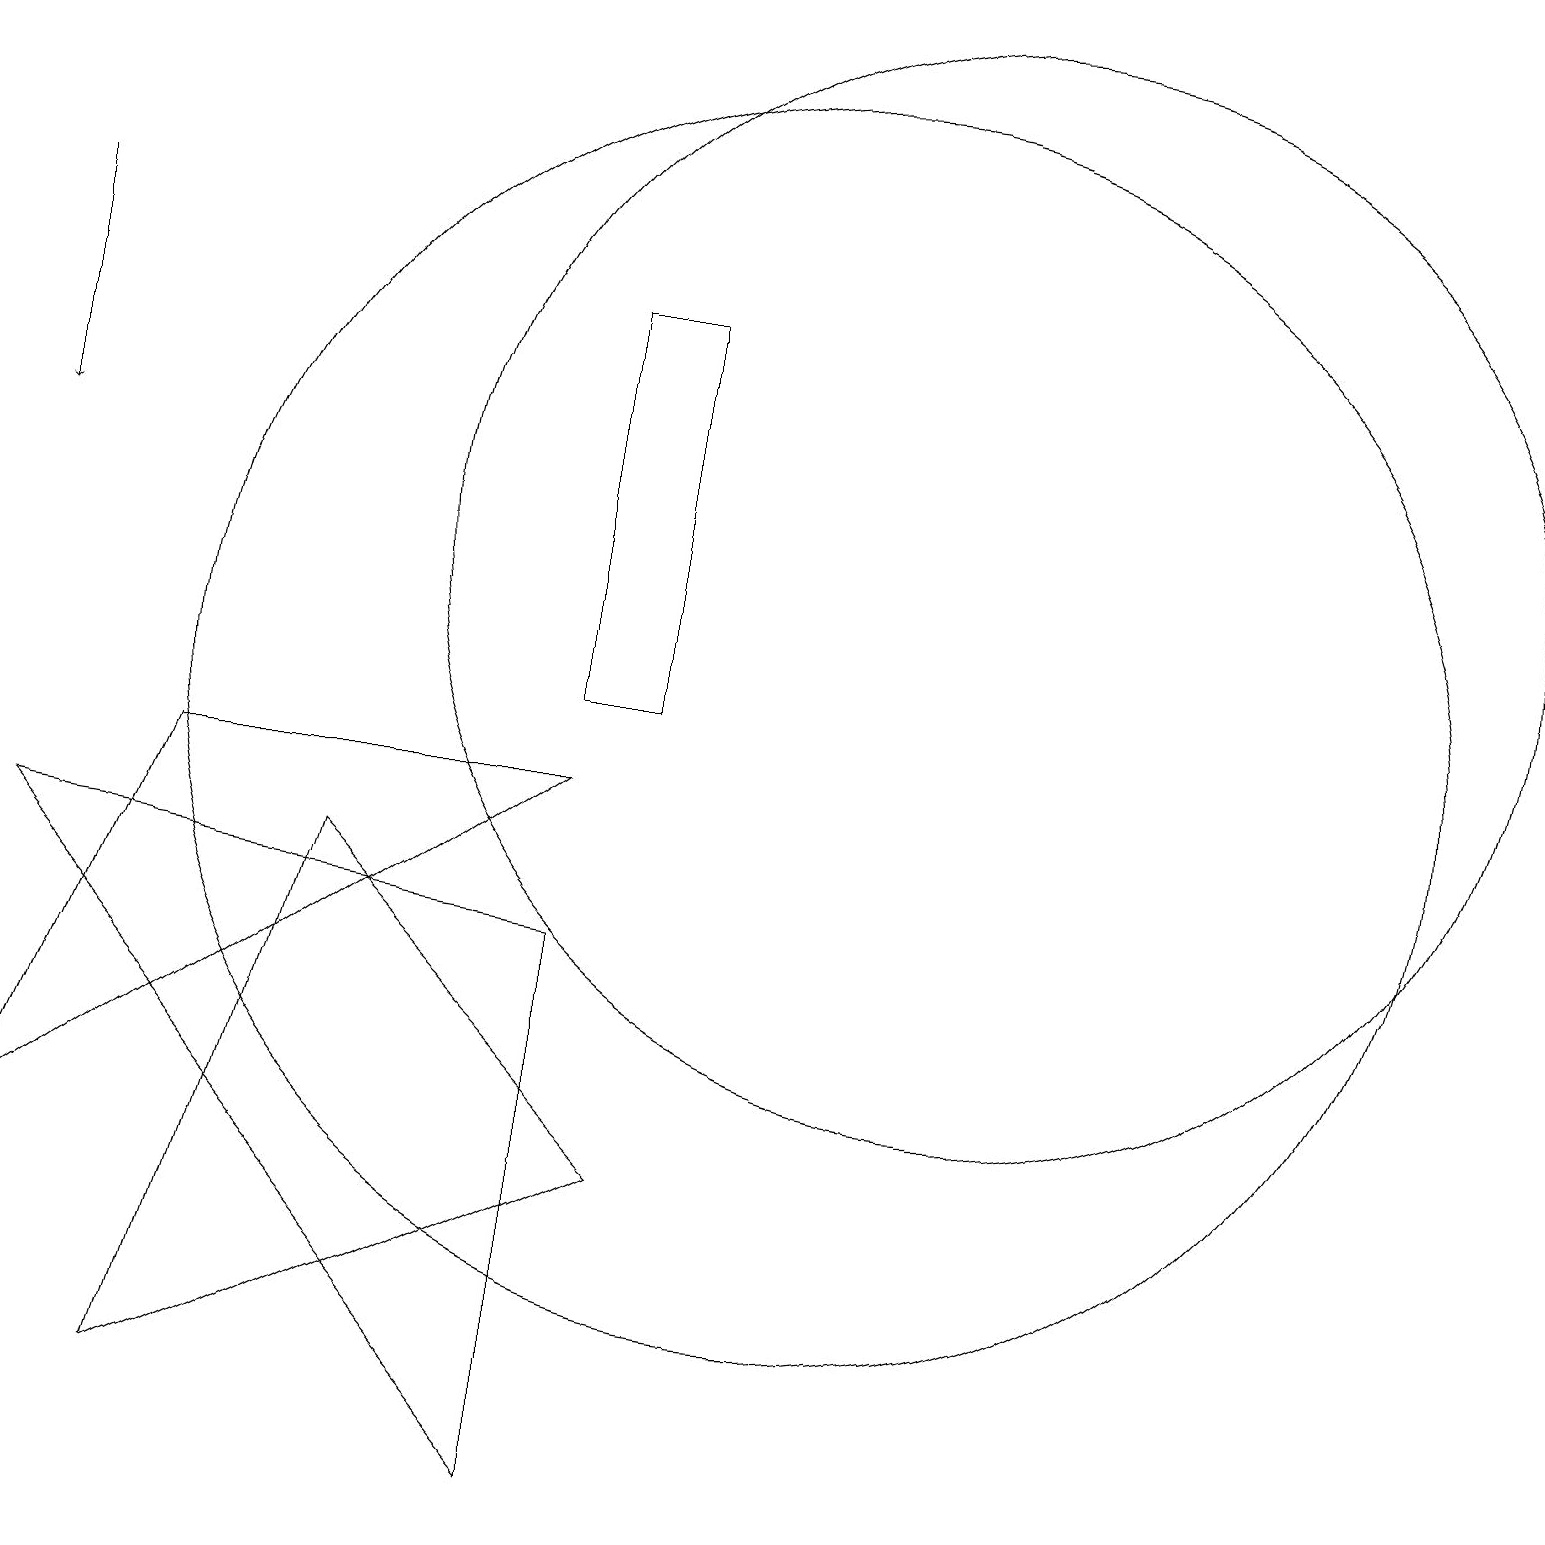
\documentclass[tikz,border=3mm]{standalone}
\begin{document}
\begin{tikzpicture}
\draw (12,12) circle (7);
\draw (10,10) circle (8);
\draw[->] (0,16) -- (0,13);
\draw (2,1) -- (4,8) -- (8,4) -- cycle;
\draw (8,15) rectangle (7,10);
\draw (0,8) -- (7,0) -- (7,7) -- cycle;
\draw (0,4) -- (2,9) -- (7,9) -- cycle;
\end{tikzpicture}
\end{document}